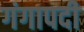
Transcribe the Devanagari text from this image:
गंगापदी